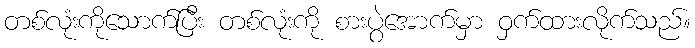
တစ်လုံးကိုသောက်ပြီး တစ်လုံးကို စားပွဲအောက်မှာ ဝှက်ထားလိုက်သည်။